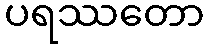
ပရဿတော